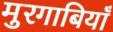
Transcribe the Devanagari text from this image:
मुरगाबियाँ